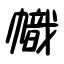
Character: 幟